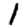
Digit: 1